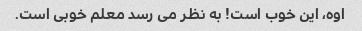
اوه، این خوب است! به نظر می رسد معلم خوبی است.